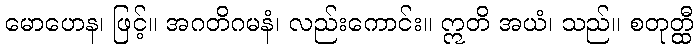
မောဟေန၊ ဖြင့်။ အဂတိဂမနံ၊ လည်းကောင်း။ ဣတိ အယံ၊ သည်။ စတုတ္ထီ